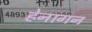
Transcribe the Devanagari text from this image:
हेनागन